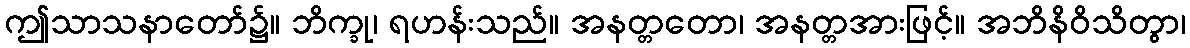
ဤသာသနာတော်၌။ ဘိက္ခု၊ ရဟန်းသည်။ အနတ္တတော၊ အနတ္တအားဖြင့်။ အဘိနိဝိသိတွာ၊